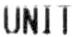
UNIT